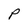
Character: P